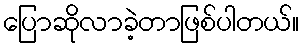
ပြောဆိုလာခဲ့တာဖြစ်ပါတယ်။